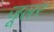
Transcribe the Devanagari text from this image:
जूलर